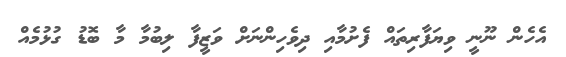
އެހެން ނޫނީ ވިޔަފާރިތައް ފެށުމާއި ދިވެހިންނަށް ވަޒީފާ ލިބުމާ މާ ބޮޑު ގުޅުމެއް